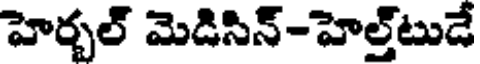
హెర్బల్ మెడిసిన్-హెల్త్టుడే